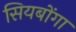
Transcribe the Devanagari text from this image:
सियबोंगा